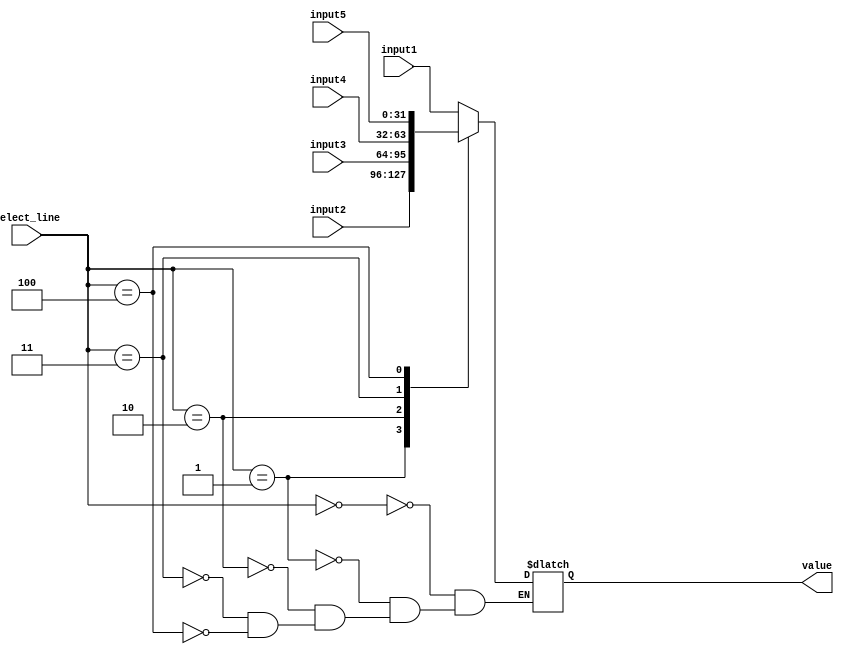
module _5to1mux(
input [31:0] input1,input2,input3,input4,input5,
output [31:0] value,
input [2:0] select_line
    );
always @ (*)
begin
case(select_line)
3'b000: value=input1;
3'b001: value=input2;
3'b010: value=input3;
3'b011: value=input4;
3'b100: value=input5; 
endcase
end
endmodule